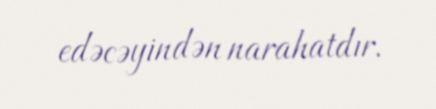
edəcəyindən narahatdır.